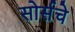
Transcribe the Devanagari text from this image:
सोर्सचे